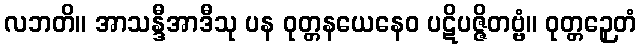
လဘတိ။ အာသန္ဒီအာဒီသု ပန ဝုတ္တနယေနေဝ ပဋိပဇ္ဇိတဗ္ဗံ။ ဝုတ္တဉှေတံ